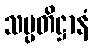
သပ္ပတိဋ္ဌာနံ